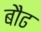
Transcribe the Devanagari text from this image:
बौढ